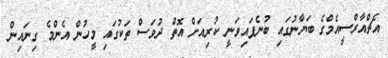
އެޗްއާރްސީއެމްގެ ބަޔާނުގައި ބުނެފައިވަނީ ކުރިއަށް އޮތް ދުވަސް ތަކުގައި މީހުން އެންމެ ގިނައިން